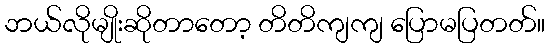
ဘယ်လိုမျိုးဆိုတာတော့ တိတိကျကျ ပြောမပြတတ်။